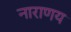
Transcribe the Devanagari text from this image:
नाराणय